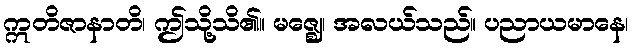
ဣတိဇာနာတိ၊ ဤသို့သိ၏။ မဇ္ဈေ၊ အလယ်သည်။ ပညာယမာနေ၊